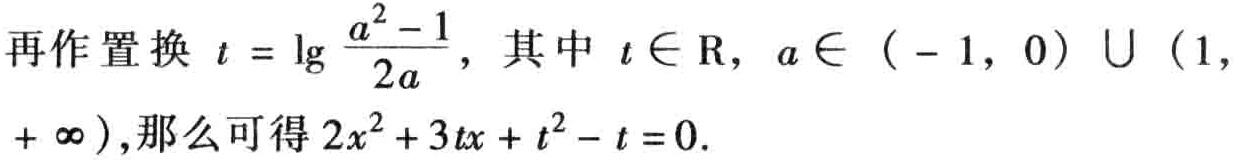
再作置换 \(t = \lg \frac{a^{2}-1}{2a}\)，其中 \(t\in \mathrm{R}\)，\(a\in (-1, 0)\cup (1,+\infty)\)，那么可得 \(2x^{2}+3tx + t^{2}-t = 0\).